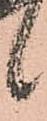
候